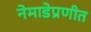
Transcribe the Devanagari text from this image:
नेमाडेप्रणीत